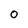
Character: 0